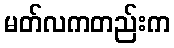
မတ်လကတည်းက